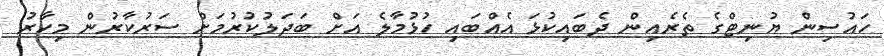
ހައުސިން ޔުނިޓްގެ ތެރެއިން ދެބައިކުޅަ އެއްބައި ހުޅުމާލެ އަށް ބަދަލުކުރުމަށް ސަރުކާރުން މިހާރު